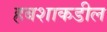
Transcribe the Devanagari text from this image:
हबशाकडील